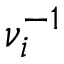
\nu _ { i } ^ { - 1 }